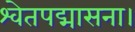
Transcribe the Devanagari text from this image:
श्वेतपद्मासना।